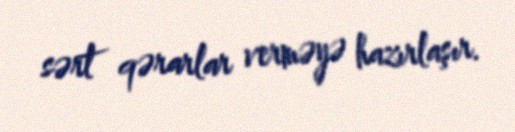
sərt qərarlar verməyə hazırlaşır.